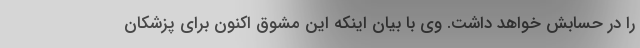
را در حسابش خواهد داشت. وی با بیان اینکه این مشوق اکنون برای پزشکان